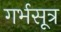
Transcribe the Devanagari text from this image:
गर्भसूत्र